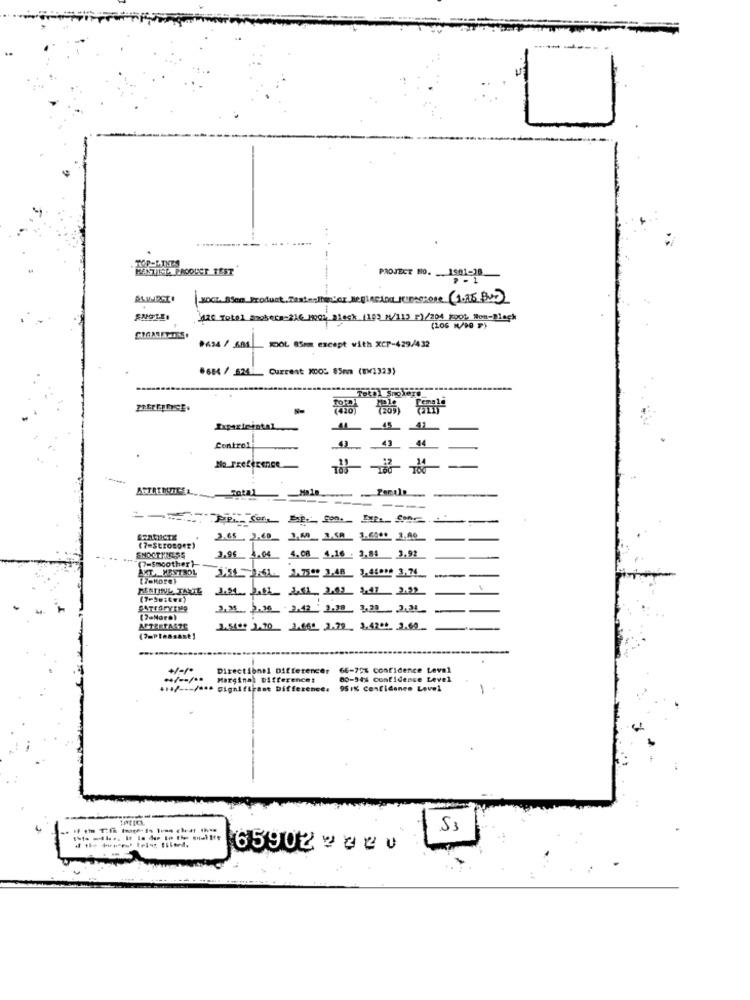
TOP-LINES
MASTICE PROOUCT TEST
PROJECT BO. . 1501-18
HOGE SSom_Product
120 Total Smokerm-316 wook Block (199 M/113 =)/204 rook Non-Black
(106 M/00 )
0634 /681
KOL 85mm except with XCP-429/432
#684 / 524
Current XDOS 85mm (BW1323)
Control
-
Penile
(7-Strosper)
SNOCTTNESS
(7-smoother)
AKT. HENTBOL
MENTHNUL TANTL
3,31. 3.36 3,42 3.39 3,20 2.21
ACTESFAGZE
1.5100 1.50 2.080 2.79 8.4700 2.00
( ?= Pleasant ]
Directionel Differencer
66-75% confidence Leval
Marginal Difference:
80-34% confidence Level
· Signif
Fant Differences
951% Contidanes Lovel
-
S3
if the process Ielor, tilerd.
65902 - 0 2 0